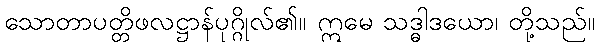
သောတာပတ္တိဖလဋ္ဌာန်ပုဂ္ဂိုလ်၏။ ဣမေ သဒ္ဓါဒယော၊ တို့သည်။